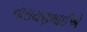
નારાયણભાઈએ